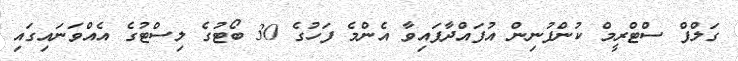
ގަލްފް ސްޓްރީމް ކުންފުނިން އުފައްދާފައިވާ އެންމެ ފަހުގެ 30 ބޯޓުގެ ލިސްޓުގެ އެއްވަނައިގައި